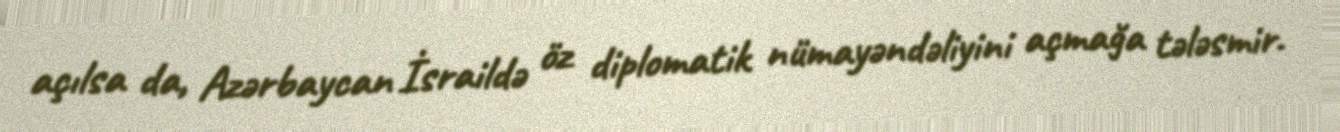
açılsa da, Azərbaycan İsraildə öz diplomatik nümayəndəliyini açmağa tələsmir.